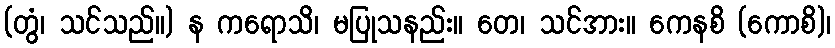
(တွံ၊ သင်သည်။) န ကရောသိ၊ မပြုသနည်း။ တေ၊ သင်အား။ ကေနစိ (ကောစိ)၊